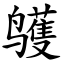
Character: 鹱